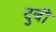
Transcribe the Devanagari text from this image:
दुबी